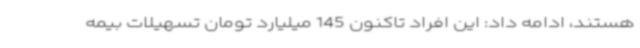
هستند، ادامه داد: این افراد تاکنون 145 میلیارد تومان تسهیلات بیمه